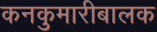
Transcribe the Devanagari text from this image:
कनकुमारीबालक